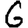
Digit: 6